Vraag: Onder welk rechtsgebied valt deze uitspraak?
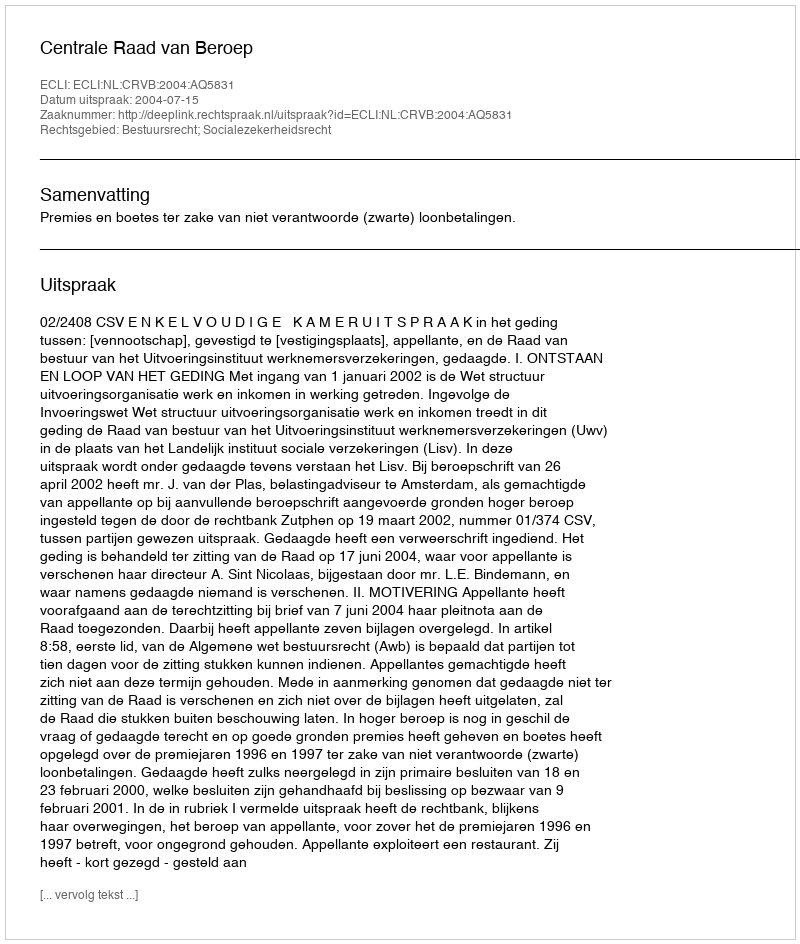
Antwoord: Bestuursrecht; Socialezekerheidsrecht